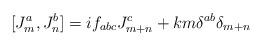
LaTeX: \begin{align*}[J^a_m, J^b_n] = i f_{abc} J^c_{m+n} + k m{\delta}^{ab}{\delta}_{m+n}\end{align*}